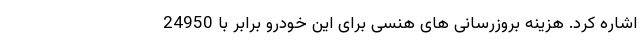
اشاره کرد. هزینه بروزرسانی های هنسی برای این خودرو برابر با 24950